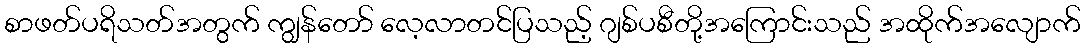
စာဖတ်ပရိသတ်အတွက် ကျွန်တော် လေ့လာတင်ပြသည့် ဂျစ်ပစီတို့အကြောင်းသည် အထိုက်အလျောက်